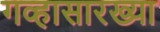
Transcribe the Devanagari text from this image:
गव्हासारख्या